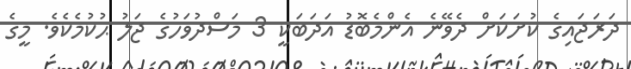
ދަރަޖައިގެ ކުށަކަށް ދެވޭނެ އެންމެބޮޑު އަދަބަކީ 3 މަސްދުވަހުގެ ޖަލު ޙުކުމެކެވެ. މީގެ